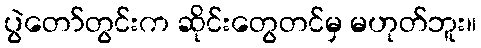
ပွဲတော်တွင်းက ဆိုင်းတွေတင်မှ မဟုတ်ဘူး။